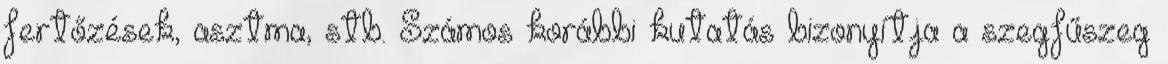
fertőzések, asztma, stb. Számos korábbi kutatás bizonyítja a szegfűszeg